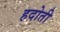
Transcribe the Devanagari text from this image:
हदोती